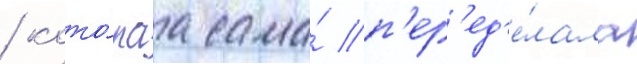
/ кото́раа сама́ п'ер'ед'е́лала